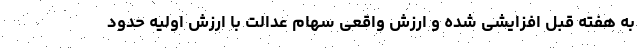
به هفته قبل افزایشی شده و ارزش واقعی سهام عدالت با ارزش اولیه حدود